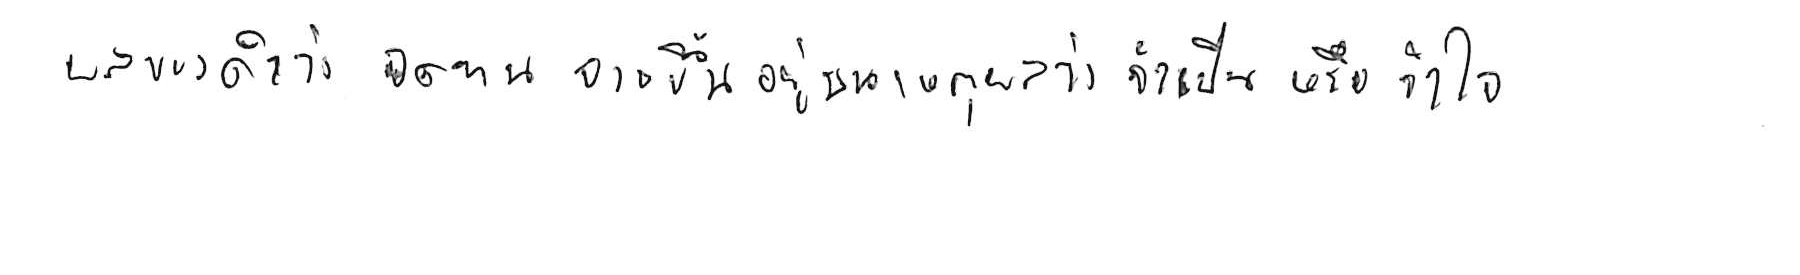
ผลของคำว่า อดทน อาจขึ้นอยู่บนเหตุผลว่า จำเป็น หรือ จำใจ